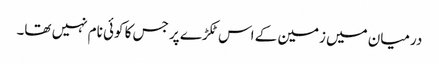
درمیان میں زمین کے اس ٹکڑے پر جس کا کوئی نام نہیں تھا۔